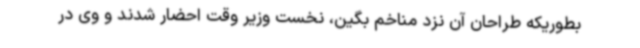
بطوریکه طراحان آن نزد مناخم بگین، نخست وزیر وقت احضار شدند و وی در